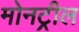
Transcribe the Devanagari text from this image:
मोनट्रील